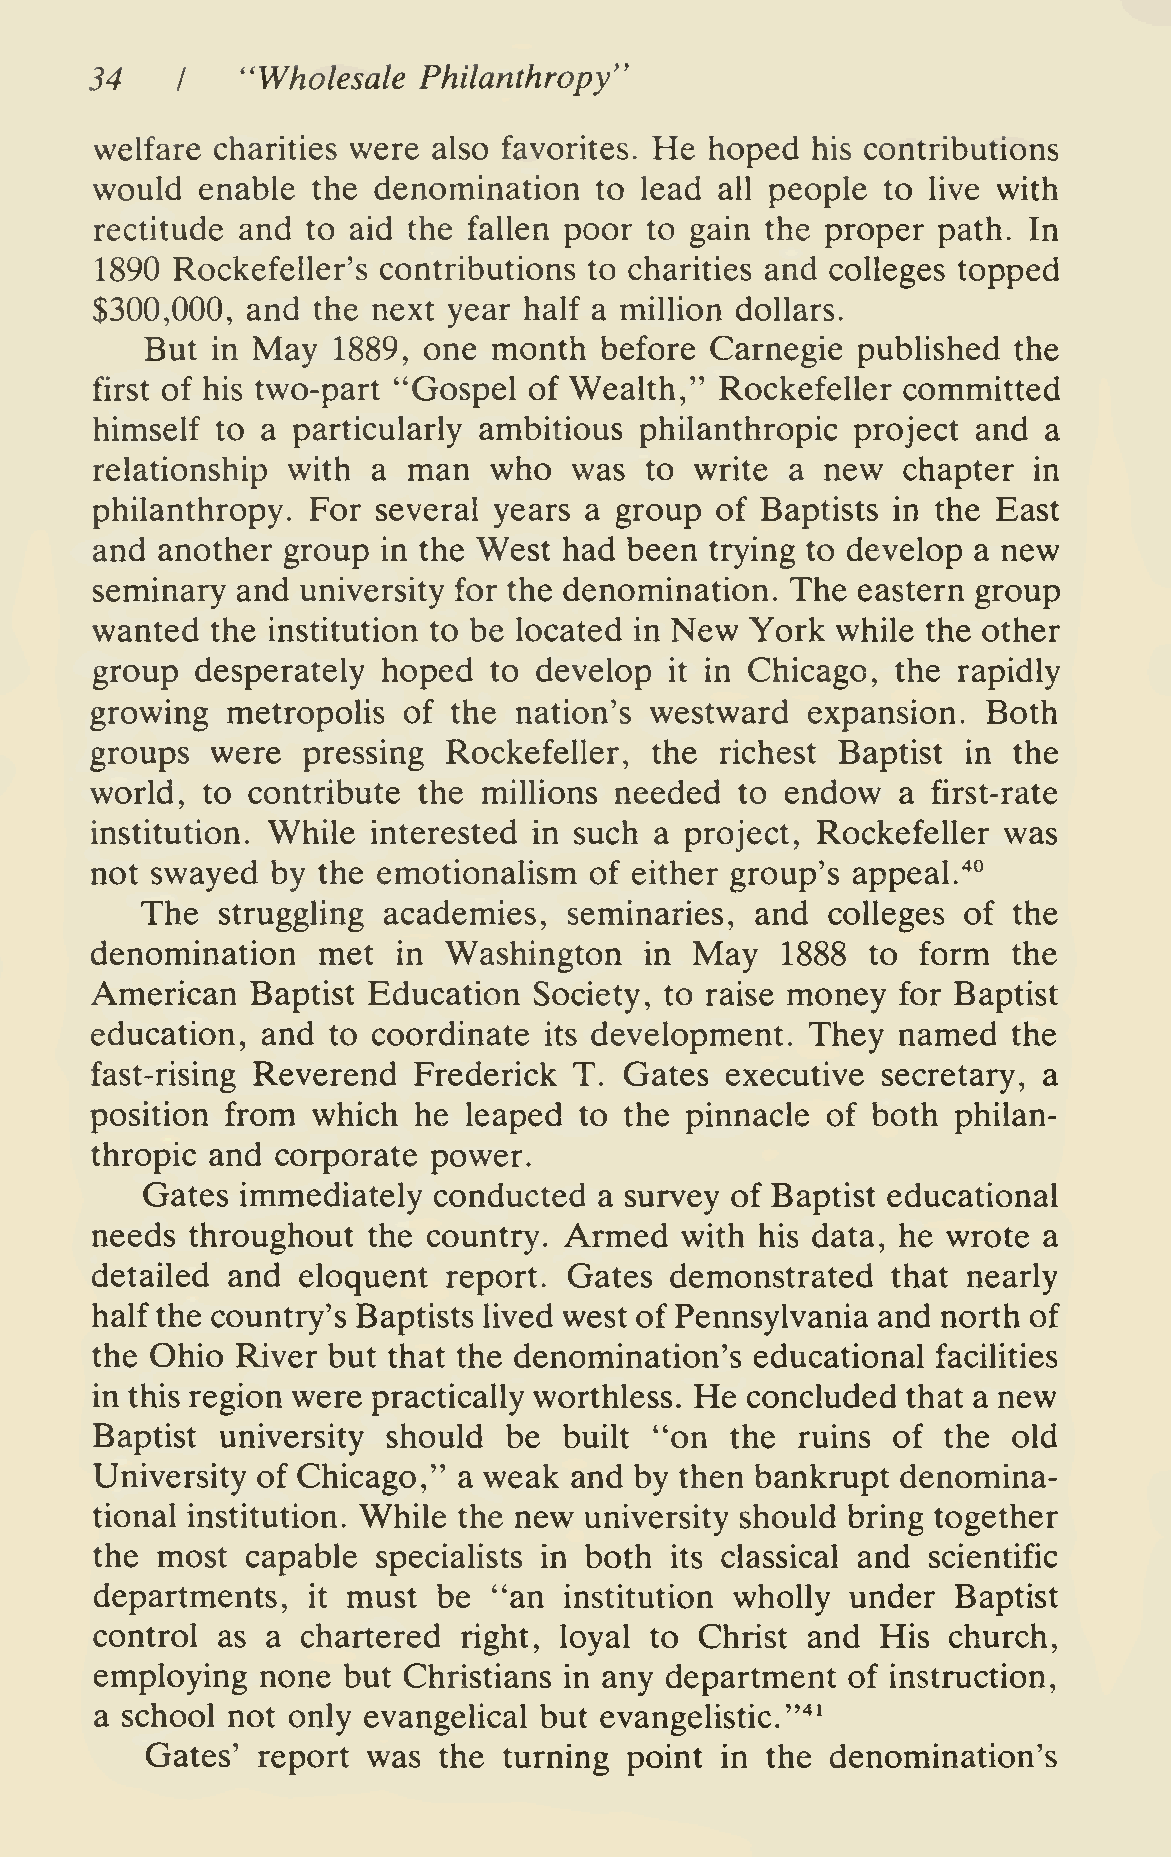
34        ''Wholesale Philanthropy'
 I
 welfare charities were also favorites. He hoped his contributions
 would  enable  the denomination  to lead  all people to live with
 rectitude and to aid the fallen poor to gain the proper path. In
 1890 Rockefeller's contributions to charities and colleges topped
 $300,000, and  the next year half a million dollars.
 But in May  1889, one  month  before Carnegie  published the
 first of his two-part "Gospel of Wealth," Rockefeller committed
 himself to a particularly ambitious philanthropic  project and a
 relationship with  a man  who   was  to write a  new  chapter in
 philanthropy.  For several years a group of Baptists in the East
 and another  group in the West had  been trying to develop a new
 seminary  and university for the denomination. The eastern group
 wanted  the institution to be located in New York while the other
 group  desperately hoped  to develop  it in Chicago, the rapidly
 growing  metropolis  of the nation's westward  expansion.  Both
 groups  were  pressing  Rockefeller, the  richest Baptist in the
 world, to contribute  the millions needed  to endow   a first-rate
 institution. While interested in such a project, Rockefeller was
 not swayed  by the emotionalism  of either group's appeal."^^
 The  strugghng  academies,   seminaries, and  colleges of the
 denomination   met  in Washington    in May   1888  to form  the
 American   Baptist Education Society, to raise money  for Baptist
 education, and  to coordinate its development.  They named   the
 fast-rising Reverend Frederick  T. Gates  executive secretary, a
 position from  which he  leaped to the pinnacle  of both philan-
 thropic and corporate  power.
 Gates  immediately  conducted  a survey of Baptist educational
 needs  throughout the country. Armed   with his data, he wrote a
 detailed and  eloquent  report. Gates demonstrated   that nearly
 half the country's Baptists lived west of Pennsylvania and north of
 the Ohio  River but that the denomination's educational facilities
 in this region were practically worthless. He concluded that a new
 Baptist  university should  be built "on  the  ruins of  the old
 University of Chicago," a weak  and by then bankrupt  denomina-
 tional institution. While the new university should bring together
 the most  capable  specialists in both its classical and scientific
 departments,  it must  be  "an institution wholly under  Baptist
 control as  a chartered  right, loyal to Christ and His  church,
 employing  none  but Christians in any department of instruction,
 a school not only evangelical but evangelistic.'"*'
 Gates' report was  the turning  point in the denomination's